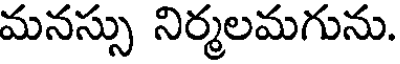
మనస్సు నిర్మలమగును.